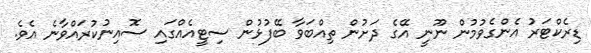
ޑިރެކްޓަރު އެންގެވުމުން ނޫނީ އޭގެ ދަށުން ތިއްބަވާ ބޭފުޅުން ސިޓީއެއްގައި ސޮއިނުކުރައްވާނެ އެވެ.